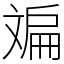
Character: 斒